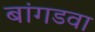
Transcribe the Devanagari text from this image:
बांगडवा